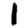
Digit: 1